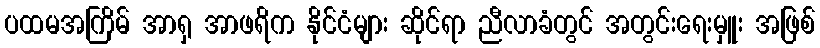
ပထမအကြိမ် အာရှ အာဖရိက နိုင်ငံများ ဆိုင်ရာ ညီလာခံတွင် အတွင်းရေးမှူး အဖြစ်